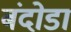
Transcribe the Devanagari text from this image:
बंदोडा